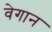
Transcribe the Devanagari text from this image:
वेगान